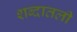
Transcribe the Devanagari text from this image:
शब्दातली